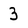
Character: 3